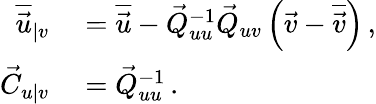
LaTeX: \begin{array}{rl}{\overline{{\vec{u}}}_{\vert v}}&{{}=\overline{{\vec{u}}}-\vec{Q}_{uu}^{-1}\vec{Q}_{uv}\left(\vec{v}-\overline{{\vec{v}}}\right)\, ,}\\ {\vec{C}_{u\vert v}}&{{}=\vec{Q}_{uu}^{-1}\, .}\end{array}